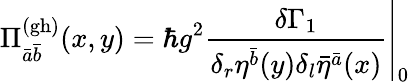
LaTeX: \Pi_{\bar{a}\bar{b}}^{(\mathrm{gh)}}(x,y)=\left.\hbar g^{2}\frac{\delta\Gamma_{1}}{\delta_{r}\eta^{\bar{b}}(y)\delta_{l}\bar{\eta}^{\bar{a}}(x)}\right|_{0}